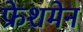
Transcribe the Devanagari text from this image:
फ्रेशमेन